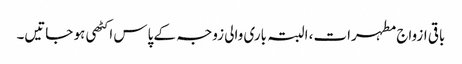
باقی ازواج مطہرات، البتہ باری والی زوجہ کے پاس اکٹھی ہو جاتیں۔